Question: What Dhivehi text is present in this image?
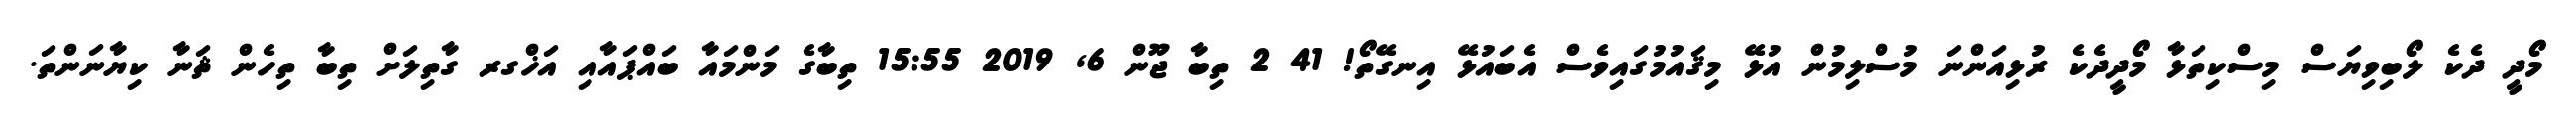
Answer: މޯދީ ދެކެ ލޯބިވިޔަސް މިސްކިތަޅާ މޯދީދެކެ ރުޅިއަންނަ މުސްލިމުން އުޅޭ މިޤައުމުގައިވެސް އެބައުޅޭ އިނގޭތޯ! 41 2 ތިބާ ޖޫން 6, 2019 15:55 ތިބާގެ މަންމައާ ބައްޕައާއި އަޚްގރ ގާތިލަށް ތިބާ ތިހެން ޘަނާ ކިޔާނަންތަ.